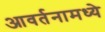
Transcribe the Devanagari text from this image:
आवर्तनामध्ये